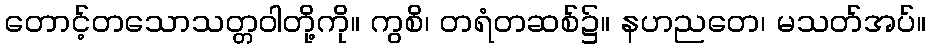
တောင့်တသောသတ္တဝါတို့ကို။ ကွစိ၊ တရံတဆစ်၌။ နဟညတေ၊ မသတ်အပ်။